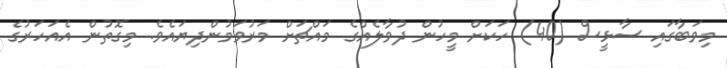
މިވަބާގައި ސާޅީސް (40) ހަކަށް މީހުން ދުވާލެއްގެ މައްޗަށް މަރުވަމުންދިޔައެވެ. މިގޮތުން އެއަހަރުގެ